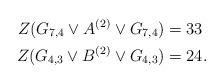
LaTeX: \begin{align*} Z(G_{7,4}\vee A^{(2)} \vee G_{7,4})&=33\\ Z(G_{4,3}\vee B^{(2)}\vee G_{4,3})&= 24. \end{align*}